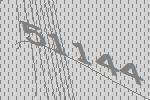
51144